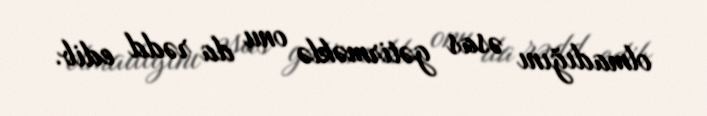
olmadığını əsas gətirməklə onu da rədd edib.